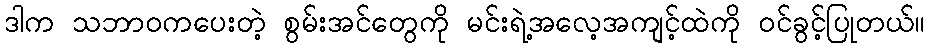
ဒါက သဘာဝကပေးတဲ့ စွမ်းအင်တွေကို မင်းရဲ့အလေ့အကျင့်ထဲကို ဝင်ခွင့်ပြုတယ်။